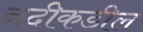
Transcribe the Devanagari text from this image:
नदीकडील